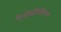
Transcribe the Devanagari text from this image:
पैनीसीलियम